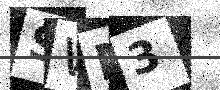
Text: SWM3